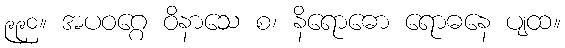
၉၉၀။ အပဝဂ္ဂေ ဝိနာသေ စ၊ နိရောဓော ရောဓနေ ပျထ။